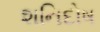
શનિદોષ